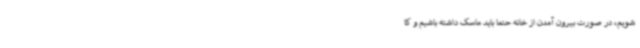
شویم، در صورت بیرون آمدن از خانه حتماً باید ماسک داشته باشیم و کا